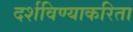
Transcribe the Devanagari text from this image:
दर्शविण्याकरिता